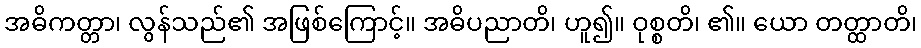
အဓိကတ္တာ၊ လွန်သည်၏ အဖြစ်ကြောင့်။ အဓိပညာတိ၊ ဟူ၍။ ဝုစ္စတိ၊ ၏။ ယော တတ္ထာတိ၊